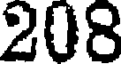
208